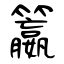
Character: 籝